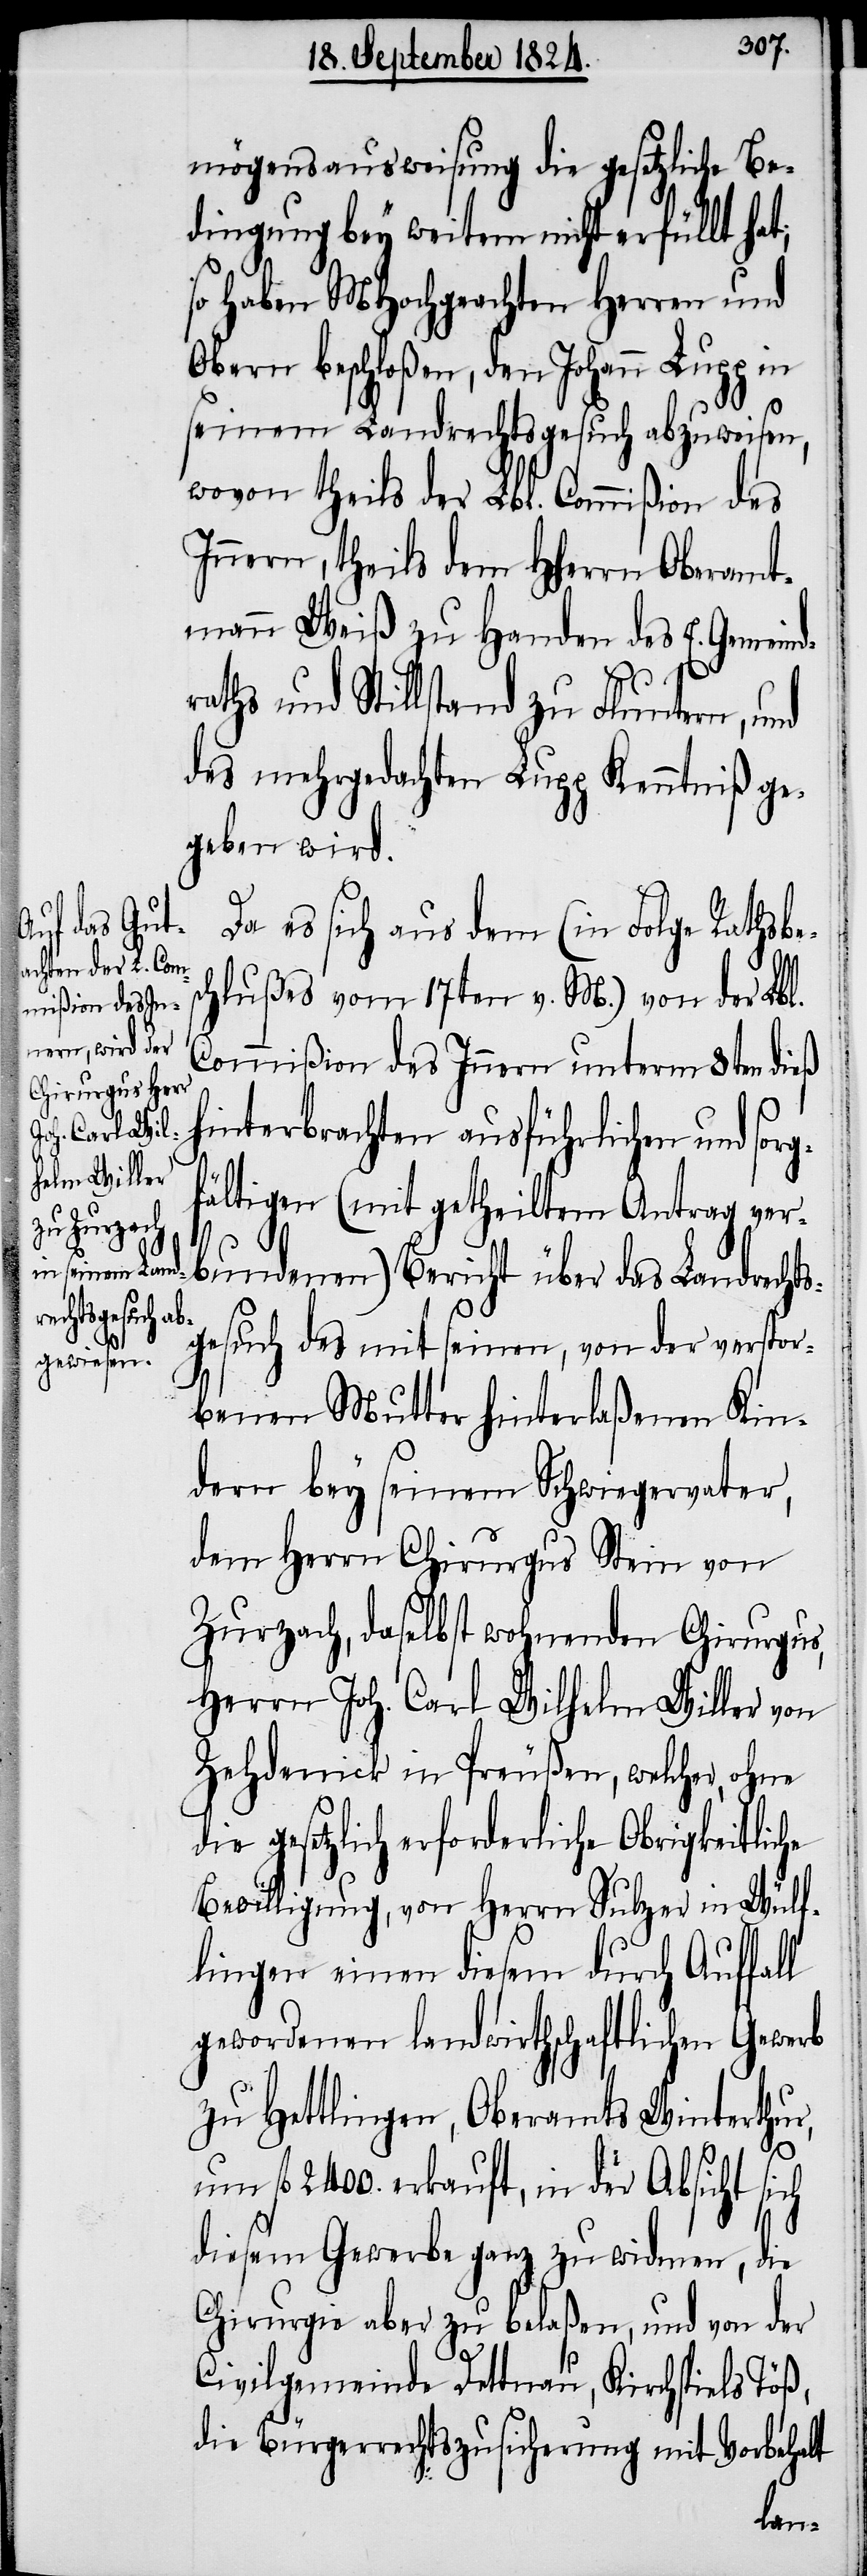
mögensausweisung die gesetzliche Be¬
dingung bey weitem nicht erfüllt hat;
so haben MHochgeachten Herren und
Obern beschloßen, den Johann Lupp in
seinem Landrechtsgesuch abzuweisen,
wovon theils der Lbl. Commißion des
Innern, theils dem HHerrn Oberamt¬
mann Weiß zu Handen des E. Gemeind¬
g¬
raths und Stillstand zu Fluntern, und
des mehrgedachten Lupp Kenntniß ge¬
geben wird.
Da es sich aus dem (in Folge Rathsbe¬
hlußes vom 17ten v. M.) von der Lbl.
Commißion des Innern unterm 8ten dieß
hinterbrachten ausführlichen und sor¬
fältigen (mit getheiltem Antrag ver¬
bundenen) Bericht über das Landrecht¬
sgesuch des mit seinen, von der verstor¬
benen Mutter hinterlaßenen Kin¬
dern bey seinem Schwiegervater,
dem Herrn Chrirugus Stein von
Zurzach, daselbst wohnenden Chirurgus,
Herrn Joh. Carl Wilhelm Willer von
Zehdenick in Preußen, welcher, ohne
die gesetzlich erforderliche Obrigkeitliche
Bewilligung, von Herrn Sulzer in Wülf¬
lingen einen diesem durch Auffall
gewordenen landwirthschaftlichen Gewerb
zu Hettlingen, Oberamts Winterthur,
um fl 2400. erkauft, in der Absicht sich
diesem Gewerbe ganz zu widmen, die
Chirurgie aber zu belaßen, und von der
Civilgemeinde Dettnau, Kirchspiels Töß,
die Bürgerrechtszusicherung mit Vorbehalt